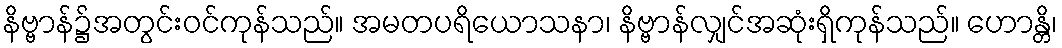
နိဗ္ဗာန်၌အတွင်းဝင်ကုန်သည်။ အမတပရိယောသနာ၊ နိဗ္ဗာန်လျှင်အဆုံးရှိကုန်သည်။ ဟောန္တိ၊